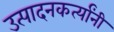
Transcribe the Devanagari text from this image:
उत्पादनकर्त्यांनी